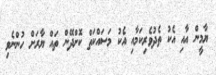
ޔާމީން އާއި އެކު ތެދުވެރިކަމާއި އެކު މަސައްކަތް ކޮށްދޭން ތައް ޔާރަށް ހުންނެވި